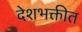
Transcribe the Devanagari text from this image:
देशभक्तीत